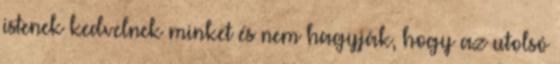
istenek kedvelnek minket és nem hagyják, hogy az utolsó